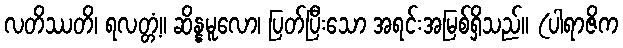
လတိဿတိ၊ ရလတ္တံ့။ ဆိန္နမူလော၊ ပြတ်ပြီးသော အရင်းအမြစ်ရှိသည်။ (ပါရာဇိက